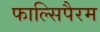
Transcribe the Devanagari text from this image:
फाल्सिपैरम